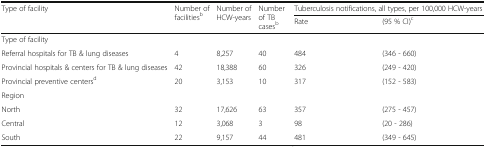
| <ROWSPAN=2> Type of facility | <ROWSPAN=2> Number of facilitiesb | <ROWSPAN=2> Number of HCW-years | <ROWSPAN=2> Number of TB casesb | <COLSPAN=2> Tuberculosis notifications, all types, per 100,000 HCW-years |
 | Rate | (95 % CI)c |
 | --- | --- | --- | --- | --- | --- |
 | Type of facility |  |  |  |  |  |
 | Referral hospitals for TB & lung diseases | 4 | 8,257 | 40 | 484 | (346 - 660) |
 | Provincial hospitals & centers for TB & lung diseases | 42 | 18,388 | 60 | 326 | (249 - 420) |
 | Provincial preventive centersd | 20 | 3,153 | 10 | 317 | (152 - 583) |
 | <COLSPAN=6> Region |
 | North | 32 | 17,626 | 63 | 357 | (275 - 457) |
 | Central | 12 | 3,068 | 3 | 98 | (20 - 286) |
 | South | 22 | 9,157 | 44 | 481 | (349 - 645) |